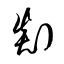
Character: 剡